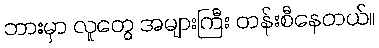
ဘားမှာ လူတွေ အများကြီး တန်းစီနေတယ်။